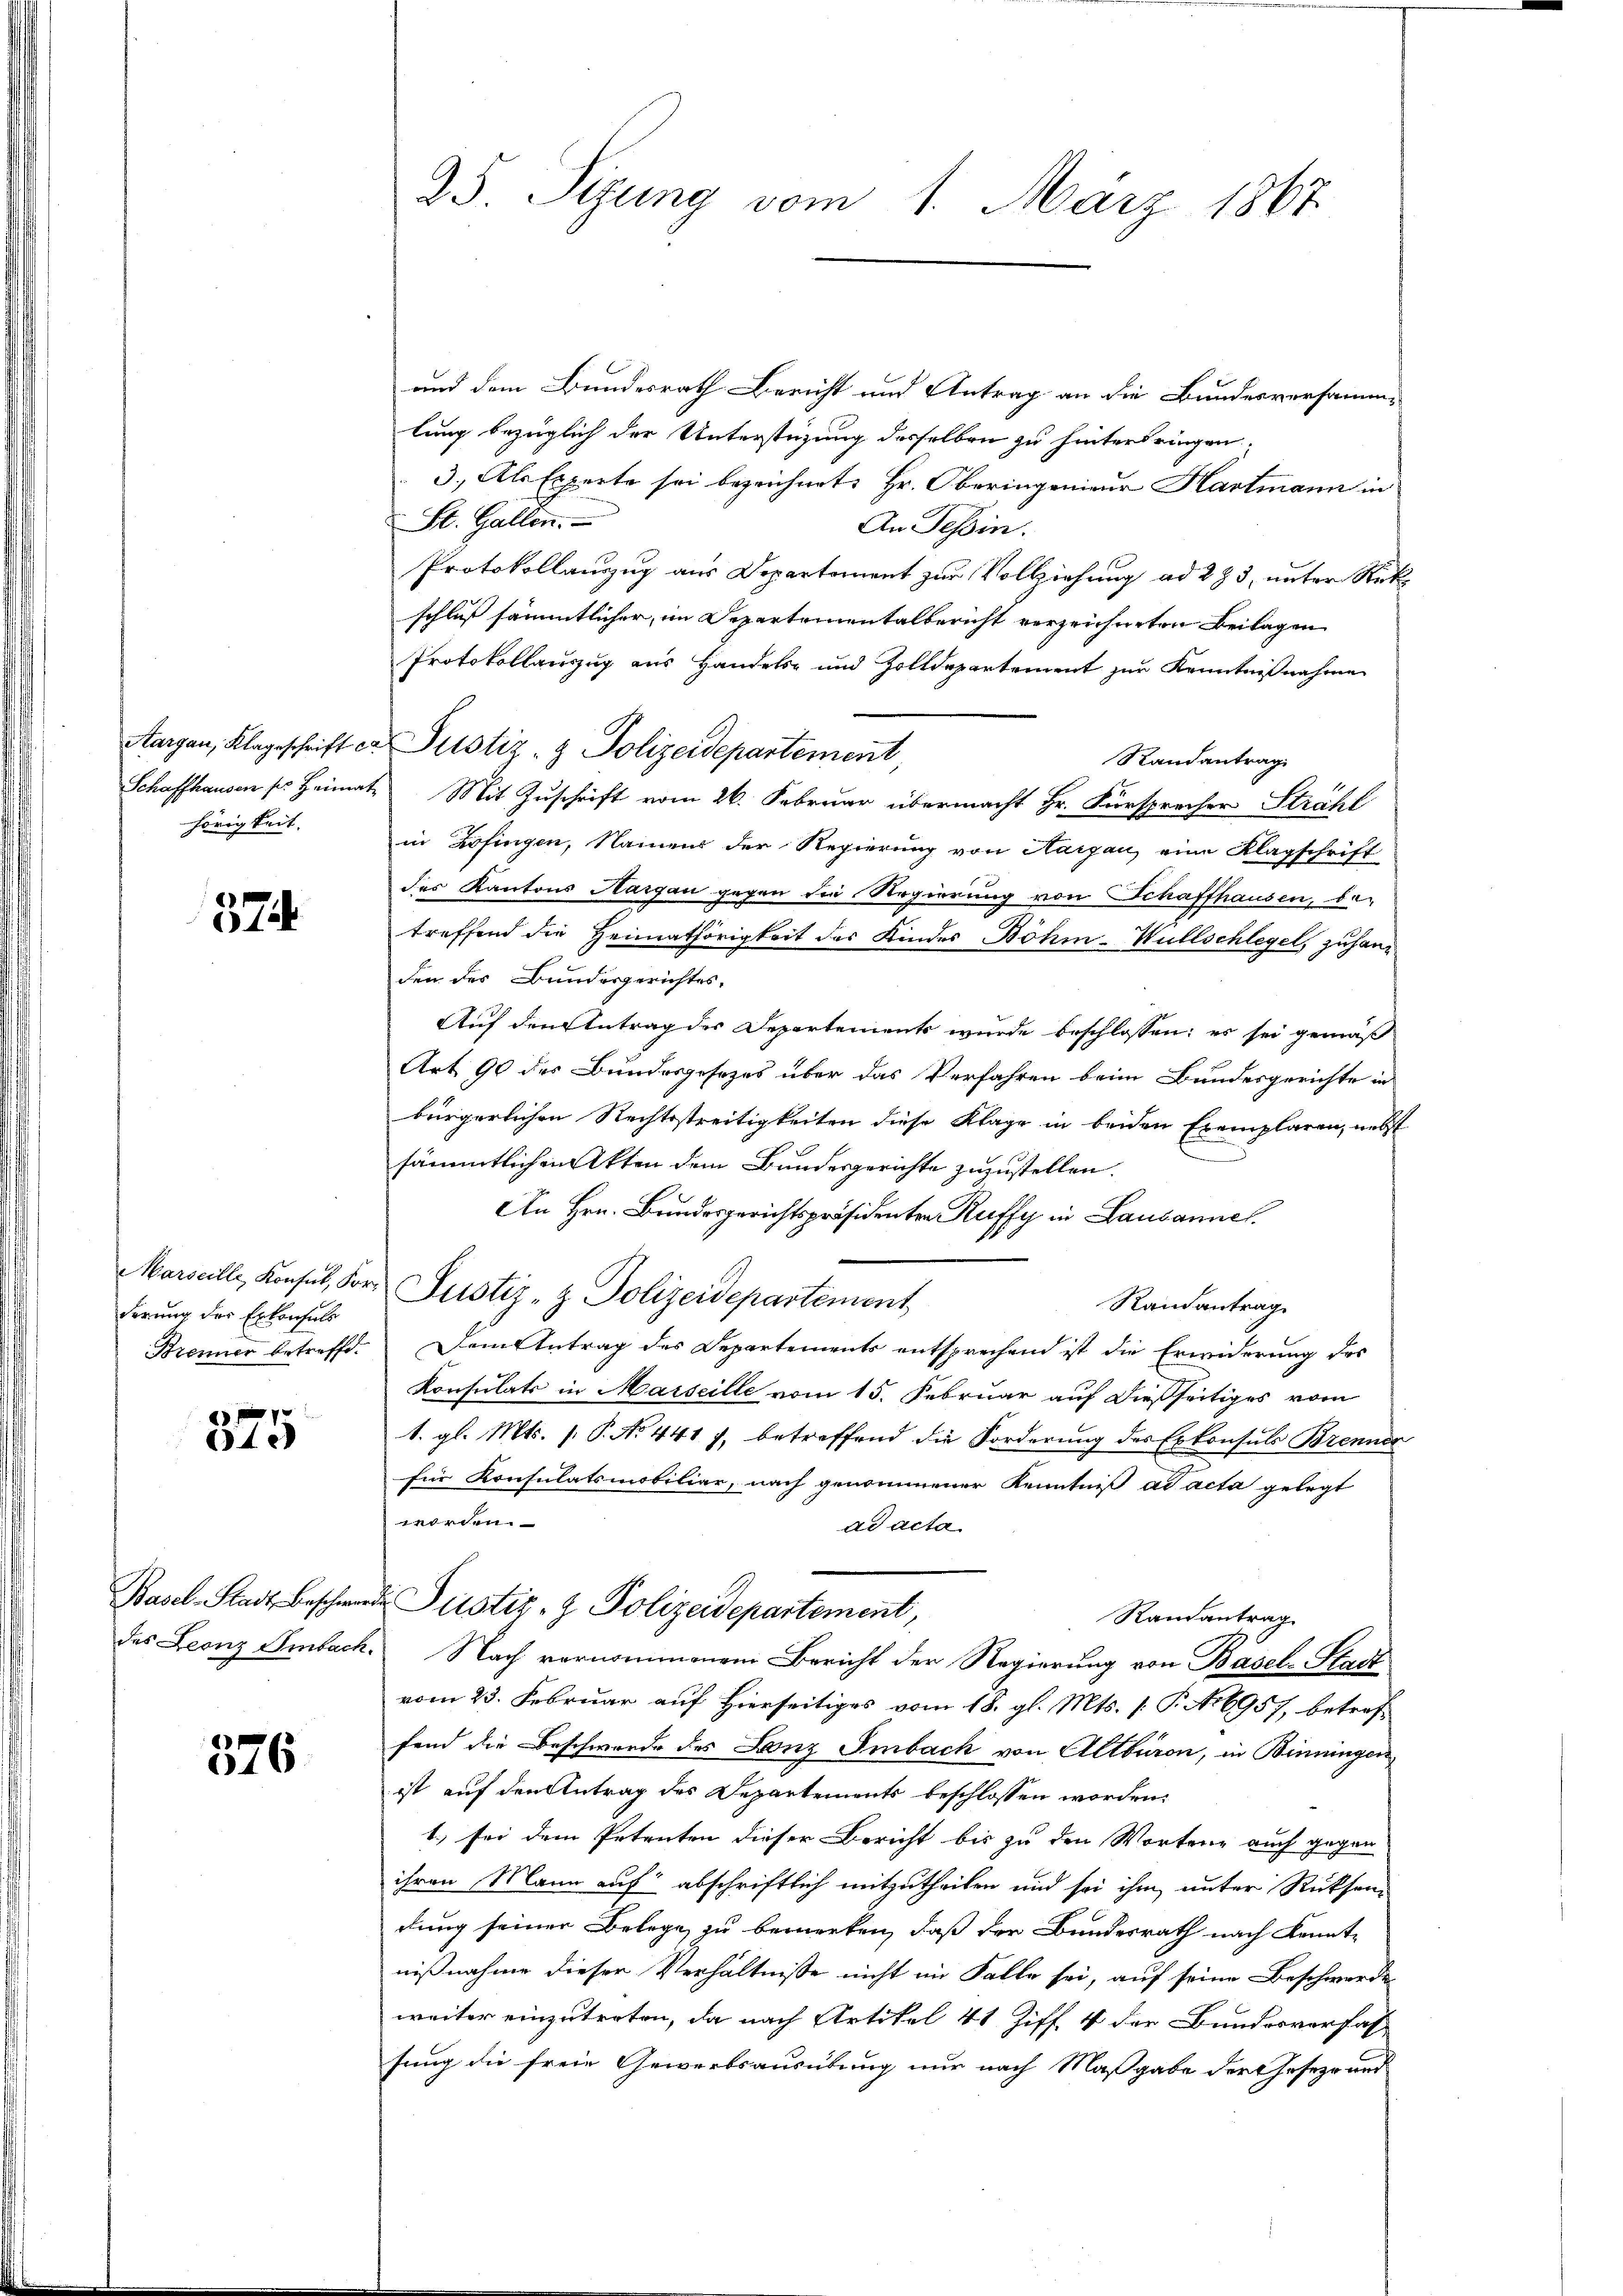
Aargau, Klageschrift c
hörigkeit.

37

derung der Erkonsuls

11 f 0 x
240

Basel-Stadt Beschwer
des Leonz Ambach

376

25. Sizung vom 1. März 1867

und dem Bundesrath Bericht und Antrag an die Bundesversammlung bezüglich der Unterstüzung desselben zu hinterbringen.
3. Als Experte sei bezeichnet, Hr. Oberingenieur Hartmann in
St. Gallen.
An Tessin.
Protokollauszug aus Departement zur Vollziehung ad 283, unter Rück
schluß sämmtlicher, im Departementalbericht verzeichneten Beilagen
Protokollauszug aus Handels- und Zolldepartement zur Kenntnißnahme
Randantrag
Schaffhausen ses Heimat. Mit Zuschrift vom 26. Februar übermacht Hr. Fürsprecher Strahl
in Zofingen, Namens der Regierung von Aargau eine Klagschrift
des Kantons Aargau gegen die Regierung von Schaffhausen, be-
treffend die Heimathörigkeit des Kindes Böhm-Wüllschlegel, zu handen des Bundesgerichtes.
Auf den Antrag der Departements wurde beschlossen: es sei gemäß
Art 90 des Bundesgesezes über das Verfahren beim Bundesgerichte in
bürgerlichen Rechtsstreitigkeiten diese Klage in beiden Exemplaren, nebst
sämmtlichen Akten dem Bundesgerichte zuzustellen.
An Hrn. Bundesgerichtspräsidenten Ruffy in Lausannel.
Marseille, Konsul, For- Justiz- & Polizeidepartement
Randantrag
Brenner betreffe. Dem Antrag des Departements entsprechend ist die Erwiderung des
Konsulats in Marseille vom 15. Februar auf dießseitiges vom
1. gl. Mts. /: P. No 441 f. betreffend die Forderung des Exkonsuls Brenner
für Konsulatsmobiliar, nach genommener Kenntniß ad acta gelegt
worden.
ad acta
 Justiz- & Polizeidepartement,
Randantrag
Nach vernommenem Bericht der Regierung von Basel-Stadt
vom 23. Februar auf Hierseitiges vom 18. gl. Mts. (T. A. 6957, betreffend die Beschwerde des Leonz Imbach von Altburon, in Binningen
ist auf den Antrag des Departements beschlossen worden.
1.) sei dem Petenten dieser Bericht bis zu den Worten auch gegen
ihren Mann auf abschriftlich mitzutheilen und sei ihm unter Rücksen
dung seiner Belege zu bemerken, daß der Bundesrath nach Kennt-
nißnahme dieser Verhältnisse nicht im Falle sei, auf seine Beschwerde
weiter einzutreten, da nach Artikel 41 Ziff. 4 der Bundesverfass
sung die freie Gewerbsausübung nur nach Maßgabe der Geseze und

Justiz- & Polizeidepartement,